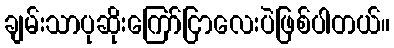
ချမ်းသာပုဆိုးကြော်ငြာလေးပဲဖြစ်ပါတယ်။